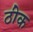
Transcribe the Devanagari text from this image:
ठीेक